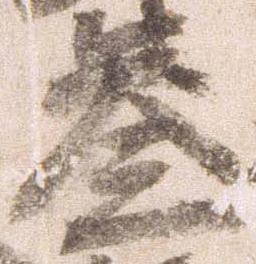
参